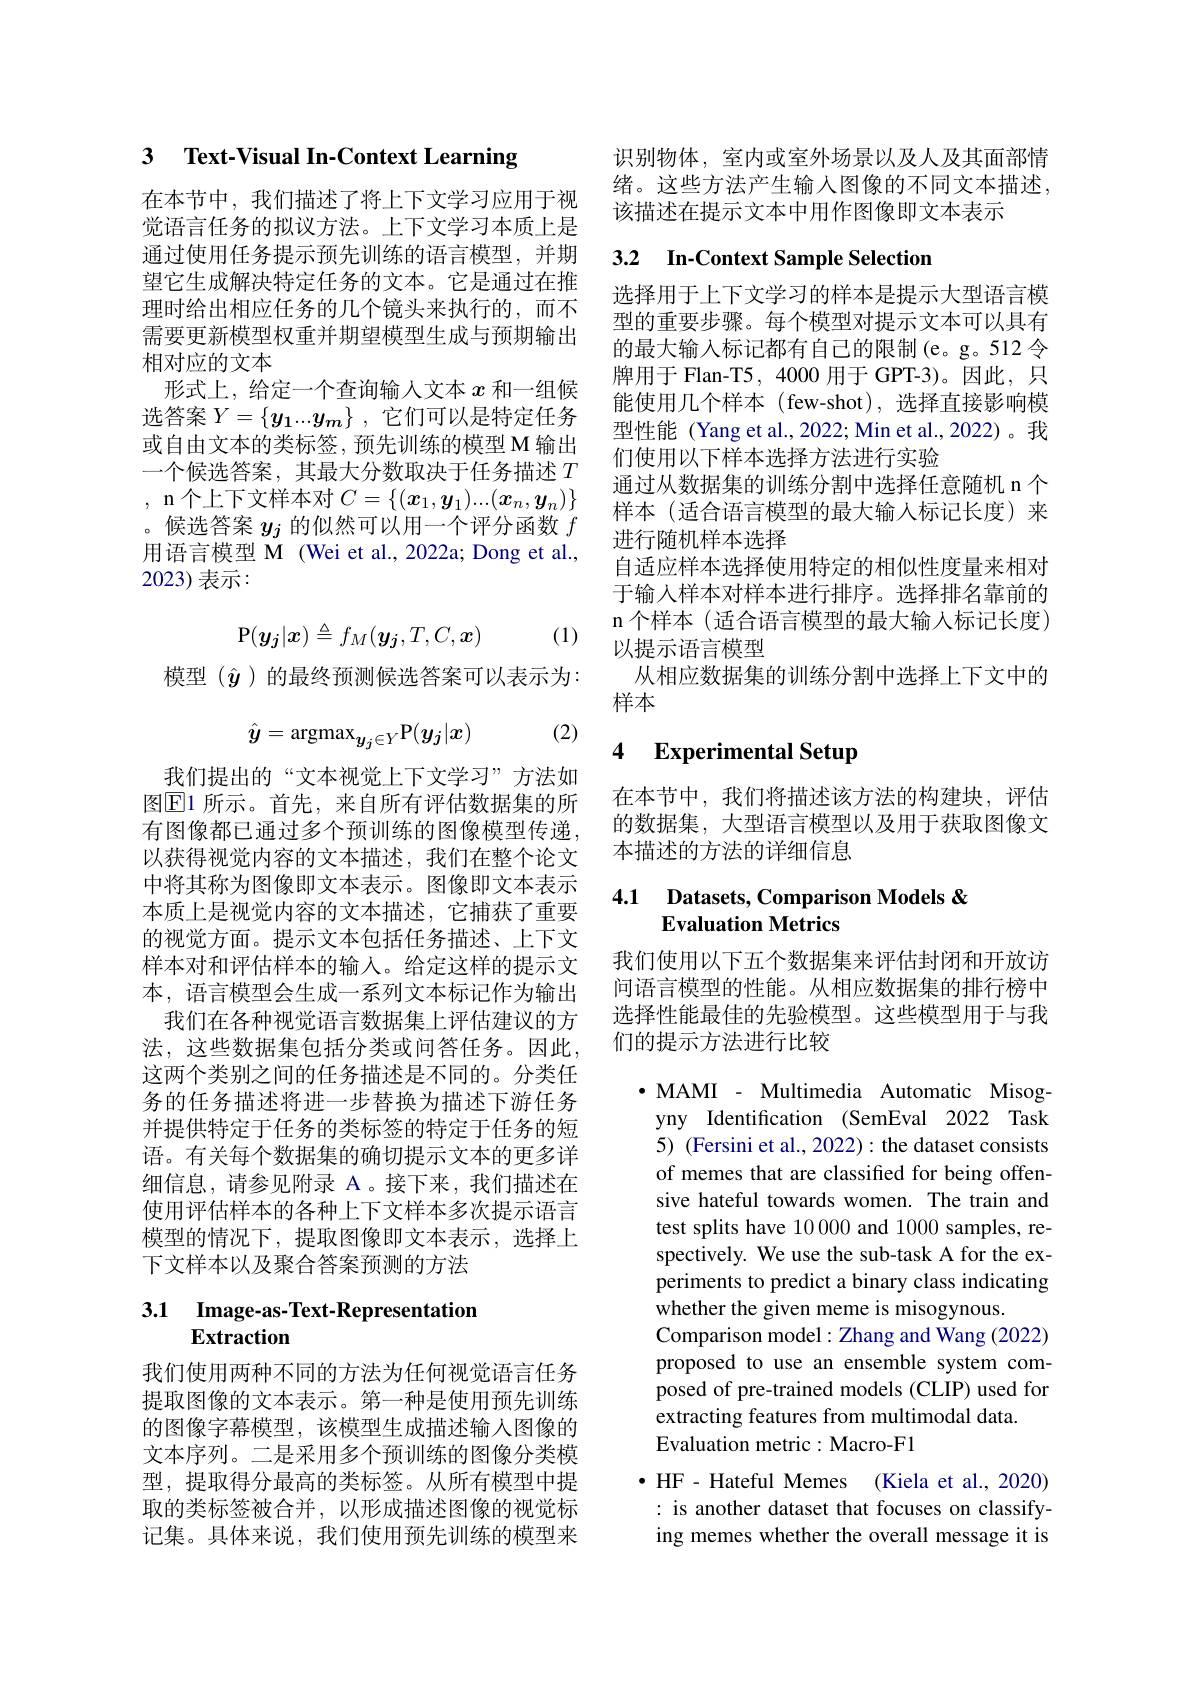
### 3 $\textbf{Text- Visual In- Context Learning}$

在本节中，我们描述了将上下文学习应用于视觉语言任务的拟议方法。上下文学习本质上是通过使用任务提示预先训练的语言模型，并期望它生成解决特定任务的文本。它是通过在推理时给出相应任务的几个镜头来执行的，而不需要更新模型权重并期望模型生成与预期输出相对应的文本
形式上，给定一个查询输人文本$x$和一组候选答案$Y=\{y_1...y_m\}$ ,它们可以是特定任务或自由文本的类标签，预先训练的模型 M 输出一个候选答案，其最大分数取决于任务描述$T$ , n 个上下文样本对$C=\{(x_1,y_1)...(x_n,\boldsymbol{y}_n)\}$ 。候选答案$y_j$的似然可以用一个评分函数$f$ 用语言模型 M (Wei et al.,2022a; Dong et al., 2023) 表示：
$$\mathrm{P}(\boldsymbol{y_j}|\boldsymbol{x})\triangleq f_M(\boldsymbol{y_j},T,C,\boldsymbol{x})$$
(1)

模型($\hat{y})的最终预测候选答案可以表示为：$
$$\hat{y}=\mathrm{argmax}_{y_j\in Y}\mathrm{P}(y_j|x)$$
(2)

我们提出的“文本视觉上下文学习”方法如图$\overline{\mathrm{E}}$1 所示。首先，来自所有评估数据集的所有图像都已通过多个预训练的图像模型传递， 以获得视觉内容的文本描述，我们在整个论文中将其称为图像即文本表示。图像即文本表示本质上是视觉内容的文本描述，它捕获了重要的视觉方面。提示文本包括任务描述、上下文样本对和评估样本的输入。给定这样的提示文本，语言模型会生成一系列文本标记作为输出我们在各种视觉语言数据集上评估建议的方法，这些数据集包括分类或问答任务。因此， 这两个类别之间的任务描述是不同的。分类任务的任务描述将进一步替换为描述下游任务并提供特定于任务的类标签的特定于任务的短语。有关每个数据集的确切提示文本的更多详细信息，请参见附录 A。接下来，我们描述在使用评估样本的各种上下文样本多次提示语言模型的情况下，提取图像即文本表示，选择上下文样本以及聚合答案预测的方法

# $\begin{array}{ll}3.1&\mathrm{Image-as-Text-Representation}\\&\mathrm{Extraction}\end{array}$

我们使用两种不同的方法为任何视觉语言任务提取图像的文本表示。第一种是使用预先训练的图像字幕模型，该模型生成描述输入图像的文本序列。二是采用多个预训练的图像分类模型，提取得分最高的类标签。从所有模型中提取的类标签被合并，以形成描述图像的视觉标记集。具体来说，我们使用预先训练的模型来

识别物体，室内或室外场景以及人及其面部情绪。这些方法产生输入图像的不同文本描述， 该描述在提示文本中用作图像即文本表示

# 3.2 In-Context Sample Selection

选择用于上下文学习的样本是提示大型语言模型的重要步骤。每个模型对提示文本可以具有的最大输入标记都有自己的限制(e。g。512 令牌用于 Flan-T5, 4000 用于 GPT-3)。因此，只能使用几个样本(few-shot),选择直接影响模型性能 (Yang et al., 2022; Min et al., 2022)。我们使用以下样本选择方法进行实验
通过从数据集的训练分割中选择任意随机 n 个样本(适合语言模型的最大输入标记长度)来进行随机样本选择
自适应样本选择使用特定的相似性度量来相对于输入样本对样本进行排序。选择排名靠前的n个样本(适合语言模型的最大输入标记长度) 以提示语言模型
从相应数据集的训练分割中选择上下文中的
样本

### 4 Experimental Setup

在本节中，我们将描述该方法的构建块，评估的数据集，大型语言模型以及用于获取图像文本描述的方法的详细信息

# 4.1 Datasets, Comparison Models & Evaluation Metrics

我们使用以下五个数据集来评估封闭和开放访问语言模型的性能。从相应数据集的排行榜中选择性能最佳的先验模型。这些模型用于与我们的提示方法进行比较

·MAMI - Multimedia Automatic Misogyny Identification (SemEval 2022 Task 5) (Fersini et al., 2022): the dataset consists of memes that are classified for being offensive hateful towards women. The train and test splits have 10 000 and 1000 samples, respectively. We use the sub-task A for the experiments to predict a binary class indicating whether the given meme is misogynous.
Comparison model: Zhang and Wang (2022) proposed to use an ensemble system composed of pre-trained models (CLIP) used for extracting features from multimodal data.
Evaluation metric: Macro-F1

$\bullet$ HF- Hateful Memes (Kiela et al., 2020) : is another dataset that focuses on classifying memes whether the overall message it is